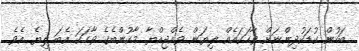
ބަހުން ކުޑަކުދިންނަށް ވާހަކައެއް ލިޔަން ވެއްޖިއްޔާ މާކުންބެގެ ވާހަކަ އެބަ ލިޔެ އެވެ.